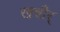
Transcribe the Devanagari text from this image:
खचीर्